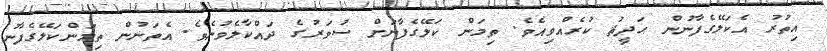
އިތުރު އެކަލޭގެފާނުން ޙަދީޘު ކުރެއްވިއެވެ. ތިމަން ކަލޭގެފާނަށް ސުވަރުގެ ދައްކާލެވުނެވެ. އެތަނުން ތިމަންކަލޭގެފާނު